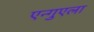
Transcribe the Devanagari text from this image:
एन्गुएला